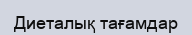
Диеталық тағамдар